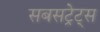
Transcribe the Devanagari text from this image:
सबसट्रेट्स